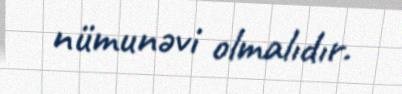
nümunəvi olmalıdır.